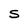
Character: S